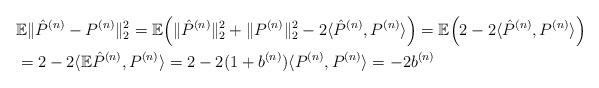
LaTeX: \begin{align*}&{\mathbb E}\|\hat P^{(n)}-P^{(n)}\|_2^2={\mathbb E}\Bigl(\|\hat P^{(n)}\|_2^2+\|P^{(n)}\|_2^2-2\langle \hat P^{(n)}, P^{(n)}\rangle\Bigr)={\mathbb E}\Bigl(2-2\langle \hat P^{(n)}, P^{(n)}\rangle\Bigr)\\&=2-2\langle {\mathbb E}\hat P^{(n)}, P^{(n)}\rangle=2-2(1+b^{(n)})\langle P^{(n)}, P^{(n)}\rangle =-2b^{(n)}\end{align*}